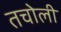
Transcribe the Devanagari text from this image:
तचोली